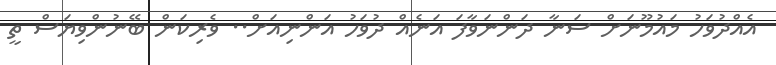
އެއްދުވަހު މައުމޫނަށް ސަނާ ދަންނަވާފަ އަނެއް ދުވަހު އަންނިއަށް.. ވެރިކަން ބޭނުންވިޔަސް ތީ